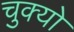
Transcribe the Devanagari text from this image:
चुक्यो